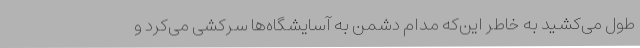
طول می‌کشید به خاطر این‌که مدام دشمن به آسایشگاه‌ها سرکشی می‌کرد و